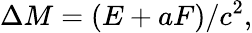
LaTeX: \Delta M=(E+aF)/c^{2},